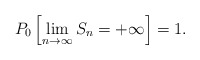
\begin{align*} P_0\left[\lim_{n\to\infty}S_n=+\infty\right]=1. \end{align*}